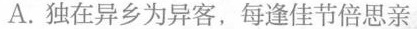
A.独在异乡为异客，每逢佳节倍思亲